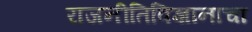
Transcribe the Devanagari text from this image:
राजनीतिविज्ञानाचा